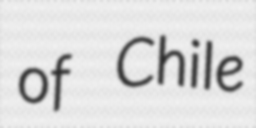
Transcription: of Chile